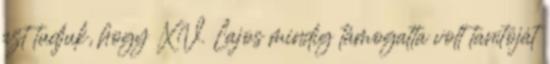
azt tudjuk, hogy XV. Lajos mindig támogatta volt tanítóját